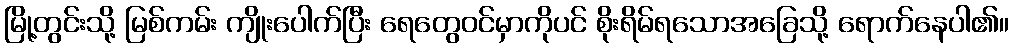
မြို့တွင်းသို့ မြစ်ကမ်း ကျိုးပေါက်ပြီး ရေတွေဝင်မှာကိုပင် စိုးရိမ်ရသောအခြေသို့ ရောက်နေပါ၏။